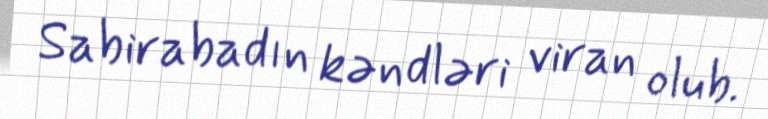
Sabirabadın kəndləri viran olub.